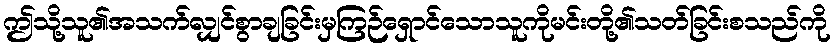
ဤသို့သူ၏အသက်လျှင်စွာချခြင်းမှကြဉ်ရှောင်သောသူကိုမင်းတို့၏သတ်ခြင်းစသည်ကို